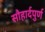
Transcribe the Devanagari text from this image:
सौहार्दपुर्ण